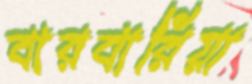
বারবারিয়া